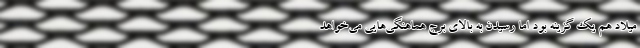
میلاد هم یک گزینه بود اما رسیدن به بالای برج هماهنگی‌هایی می‌خواهد